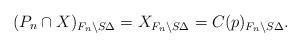
LaTeX: \begin{align*} (P_n \cap X)_{F_n \setminus S\Delta} = X_{F_n \setminus S\Delta}=C(p)_{F_n \setminus S\Delta}. \end{align*}